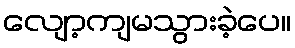
လျော့ကျမသွားခဲ့ပေ။